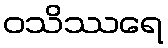
ဝသိဿရေ